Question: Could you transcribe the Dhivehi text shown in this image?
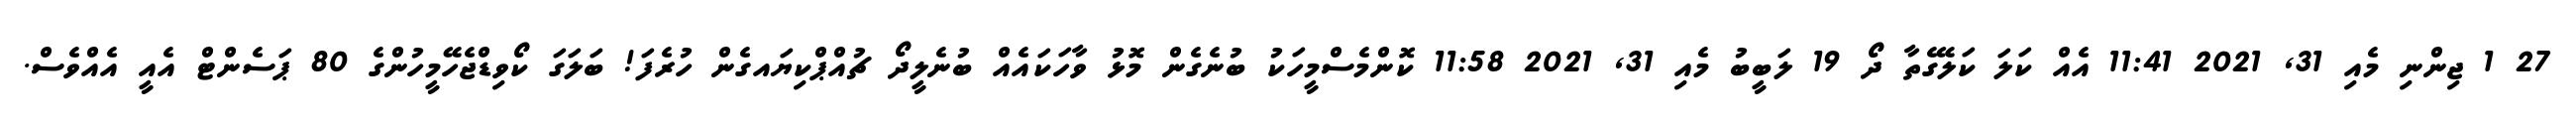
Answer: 27 1 ޖިންނި މެއި 31, 2021 11:41 އެއް ކަލަ ކަލޭގެތާ ދޯ 19 ލަބީބު މެއި 31, 2021 11:58 ކޮންމެސްމީހަކު ބުނެގެން މޮޅު ވާހަކައެއް ބުނެލީދޯ ޗުއްޕްކިޔައގެން ހުރެފަ! ބަލަގަ ކޯވިޑްޖެހޭމީހުންގެ 80 ޕަސެންޓް އެއީ އެއްވެސް.